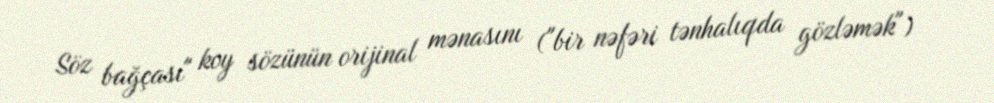
Söz bağçası" koy sözünün orijinal mənasını ("bir nəfəri tənhalıqda gözləmək")